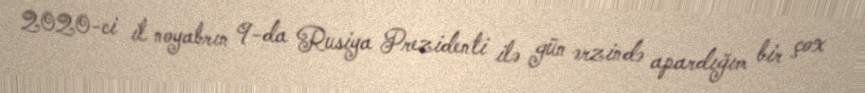
2020-ci il noyabrın 9-da Rusiya Prezidenti ilə gün ərzində apardığım bir çox